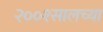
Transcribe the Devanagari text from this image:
२००१सालच्या